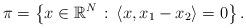
LaTeX: \begin{align*}\pi=\left\{x\in\mathbb{R}^N\, :\, \langle x,x_1-x_2\rangle=0\right\}.\end{align*}